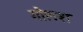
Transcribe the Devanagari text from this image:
गोलश